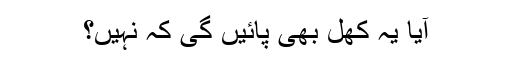
آیا یہ کھل بھی پائیں گی کہ نہیں؟